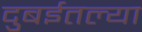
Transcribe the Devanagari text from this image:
दुबईतल्या